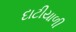
દાટીયાળી